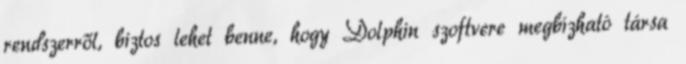
rendszerről, biztos lehet benne, hogy Dolphin szoftvere megbízható társa